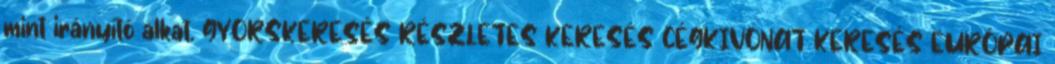
mint irányító alkat. GYORSKERESÉS RÉSZLETES KERESÉS CÉGKIVONAT KERESÉS EURÓPAI